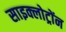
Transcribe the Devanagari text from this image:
साइक्लोट्रोंन